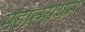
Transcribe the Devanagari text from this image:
महात्मायन